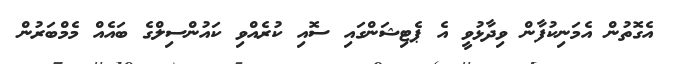
އެގޮތުން އެމަނިކުފާން ވިދާޅުވީ އެ ޕެޓިޝަންގައި ސޮއި ކުރެއްވި ކައުންސިލްގެ ބައެއް މެމްބަރުން